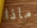
ماذا